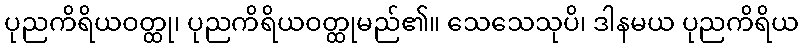
ပုညကိရိယဝတ္ထု၊ ပုညကိရိယဝတ္ထုမည်၏။ သေသေသုပိ၊ ဒါနမယ ပုညကိရိယ